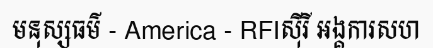
មនុស្សធម៌ - America - RFIស៊ីរី អង្គការសហ